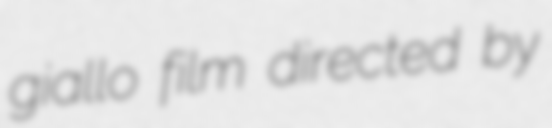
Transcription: giallo film directed by